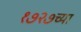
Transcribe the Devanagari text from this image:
१७२७च्या